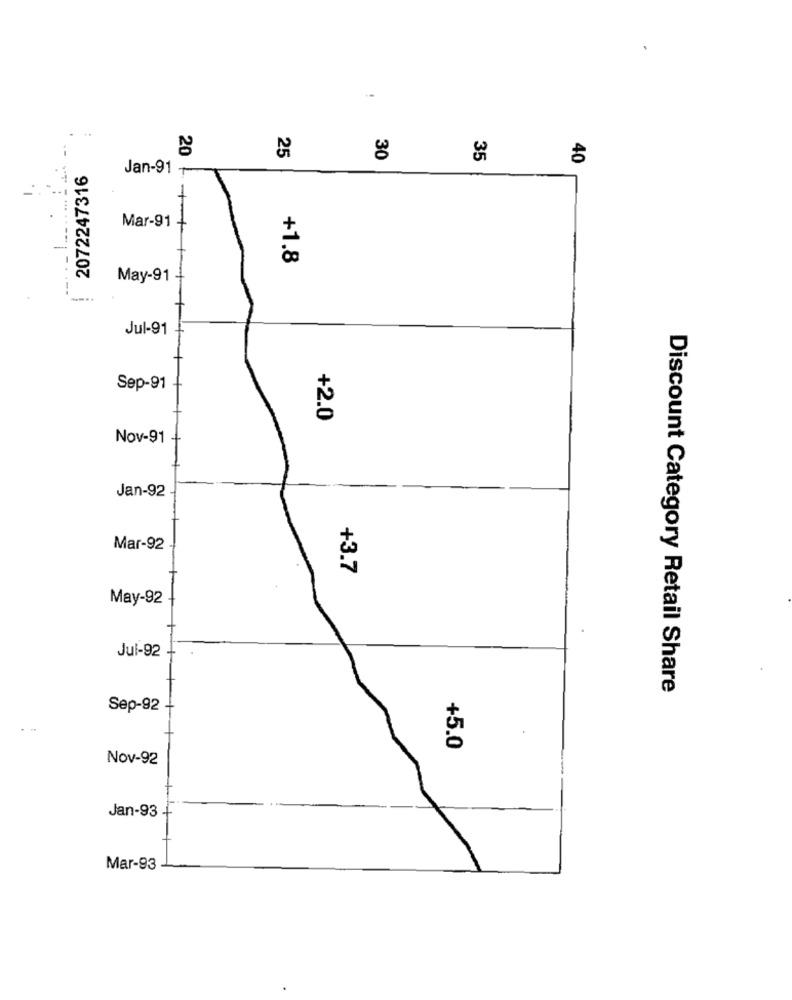
25
20
30
35
40
2072247316
Jan-91 -
.....
Mar-91 +
+1.8
May-91
Jul-91
Sep-91
+2.0
Nov-91
Jan-92
Mar-92
+3.7
May-92
Jul-92
Discount Category Retail Share
Sep-92
+5.0
Nov-92
Jan-93 .
Mar-93